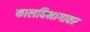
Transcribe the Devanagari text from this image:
कालविभागावर